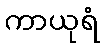
ကာယုရံ